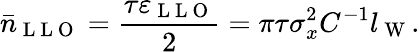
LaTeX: \bar{n}_{\mathrm{~L~L~O~}}=\frac{\tau\varepsilon_{\mathrm{~L~L~O~}}}{2}=\pi\tau\sigma_{x}^{2}C^{-1}l_{\mathrm{~W~}}.